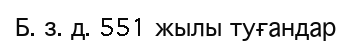
Б. з. д. 551 жылы туғандар